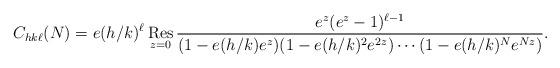
LaTeX: \begin{align*} C_{hk\ell}(N) = e(h/k)^\ell \operatornamewithlimits{Res}_{z=0} \frac{e^z(e^z-1)^{\ell-1}}{(1-e(h/k) e^z)(1-e(h/k)^2 e^{2z}) \cdots(1-e(h/k)^N e^{N z})}.\end{align*}